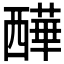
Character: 𧠁